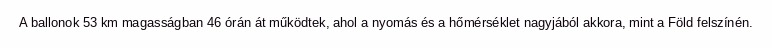
A ballonok 53 km magasságban 46 órán át működtek, ahol a nyomás és a hőmérséklet nagyjából akkora, mint a Föld felszínén.